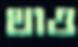
থাও